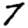
Digit: 7